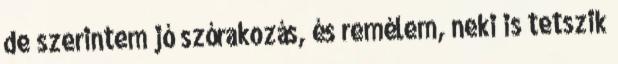
de szerintem jó szórakozás, és remélem, neki is tetszik